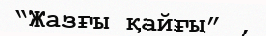
“Жазғы қайғы” ,